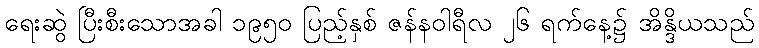
ရေးဆွဲ ပြီးစီးသောအခါ ၁၉၅၀ ပြည့်နှစ် ဇန်နဝါရီလ ၂၆ ရက်နေ့၌ အိန္ဒိယသည်